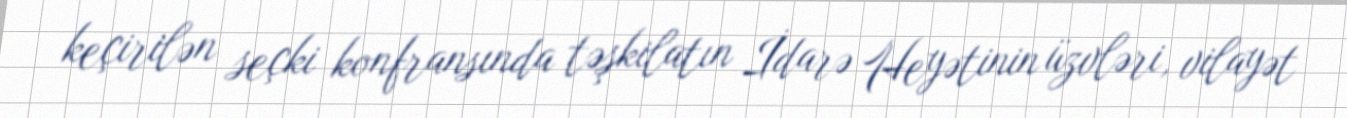
keçirilən seçki konfransında təşkilatın İdarə Heyətinin üzvləri, vilayət